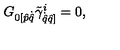
G _ { { 0 } [ \hat { p } { \dot { \hat { q } } } } \tilde { \gamma } _ { \dot { \hat { q } } { \hat { q } ] } } ^ { i } = 0 ,